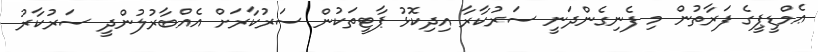
ޢެމްޑީޕީގެ ފަރާތުން މި ފެނިގެންދަނީ ސަރުކާރާ އިދިކޮޅު ޕާޓީތަކުން ސަރުކާރަށް އެއްބާރުލުންދީ ސަރުކާރު